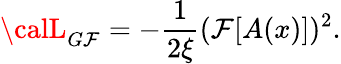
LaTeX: {\calL}_{G\mathcal{F}}=-{\frac{{1}}{{2\xi}}}(\mathcal{F}[A(x)])^{2}.